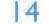
14